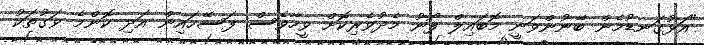
"އަޅުގަނޑުމެން ބޭނުންވަނީ މޮބައިލް ފޯނު މެދުވެރިކޮށް ވީހާވެސް ފަސޭހައިން އަދި ކޮންމެ ވަގުތަކު